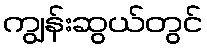
ကျွန်းဆွယ်တွင်